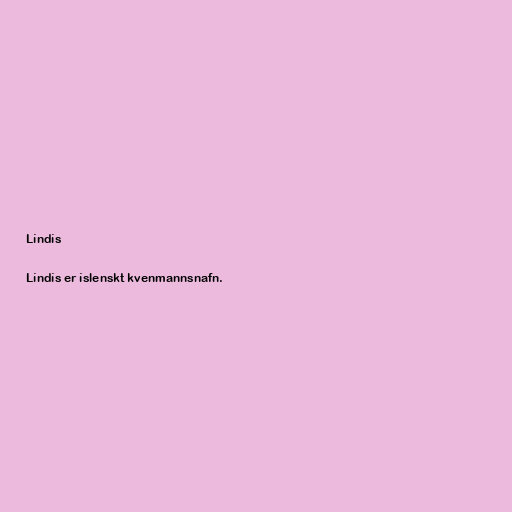
Líndís

Líndís er íslenskt kvenmannsnafn.